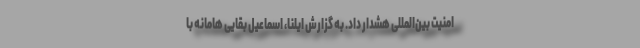
امنیت بین‌المللی هشدار داد. به گزارش ایلنا، اسماعیل بقایی هامانه با